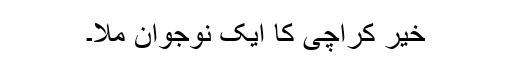
خیر کراچی کا ایک نوجوان ملا۔